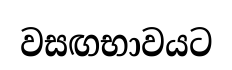
වසඟභාවයට